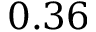
0 . 3 6